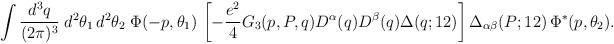
LaTeX: \begin{align*} \int \frac{d^3q}{(2\pi)^3} \; d^2\theta_1 \, d^2 \theta_2 \; \Phi(-p,\theta_1) \, \left[ -\frac{e^2}{4} G_3(p,P,q) D^\alpha (q) D^\beta (q) \Delta (q;12) \right] \Delta_{\alpha\beta} (P;12) \, \Phi^*(p,\theta_2).\end{align*}